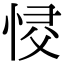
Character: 𢚌